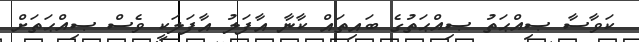
ކަވާސާ ޞިއްޙަތު ޞިއްޙަތުގެ ބައިތައް ކާނާ އާފަލު އާފަލަކީ ވެސް ޞިއްޙަތަށް